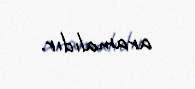
aramalıdır.